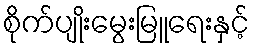
စိုက်ပျိုးမွေးမြူရေးနှင့်